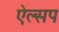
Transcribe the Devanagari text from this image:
ऐल्सप